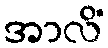
အာလိံ